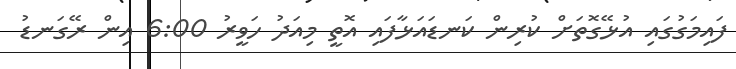
ފައިމަގުގައި އުޅޭގޮތަށް ކުރިން ކަނޑައަޅާފައި އޮތީ މިއަދު ހަވީރު 6:00 އިން ރޭގަނޑު